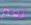
نعم